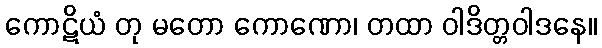
ကောဋိယံ တု မတော ကောဏော၊ တထာ ဝါဒိတ္တဝါဒနေ။